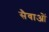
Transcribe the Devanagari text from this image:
सैवाओं